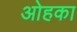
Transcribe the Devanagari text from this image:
ओहका